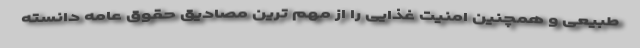
طبیعی و همچنین امنیت غذایی را از مهم ترین مصادیق حقوق عامه دانسته